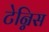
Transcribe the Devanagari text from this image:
टेन्निस